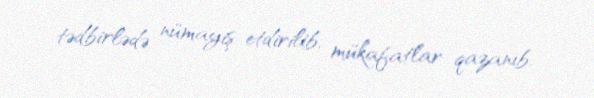
tədbirlədə nümayiş etdirilib, mükafatlar qazanıb.